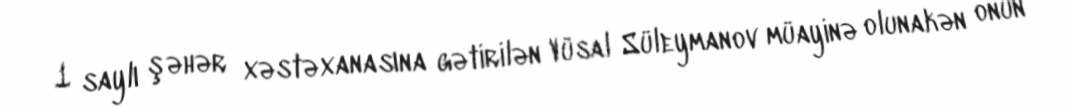
1 saylı şəhər xəstəxanasına gətirilən Vüsal Süleymanov müayinə olunakən onun